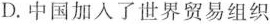
D.中国加入了世界贸易组织